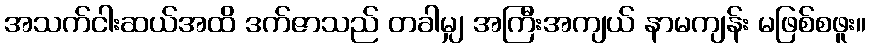
အသက်ငါးဆယ်အထိ ဒက်ဇာသည် တခါမျှ အကြီးအကျယ် နာမကျန်း မဖြစ်စဖူး။